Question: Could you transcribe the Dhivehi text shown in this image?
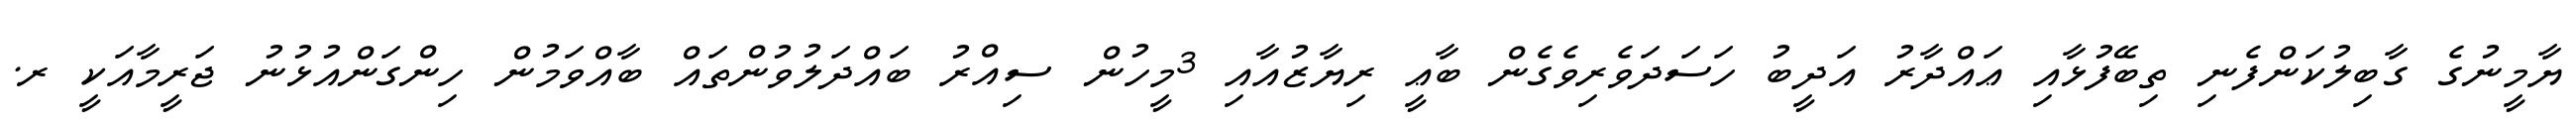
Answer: ޔާމީނުގެ ގާބިލުކަންފެނި ތިބޭފުޅާއި ޢައްދާރު އަދީބު ހަސަދަވެރިވެގެން ބާޢީ ރިޔާޒުއާއި 3މީހުން ސިއްރު ބައްދަލުވުންތައް ބާއްވަމުން ހިންގަންއުޅުނު ޖަރީމާއަކީ ރ.